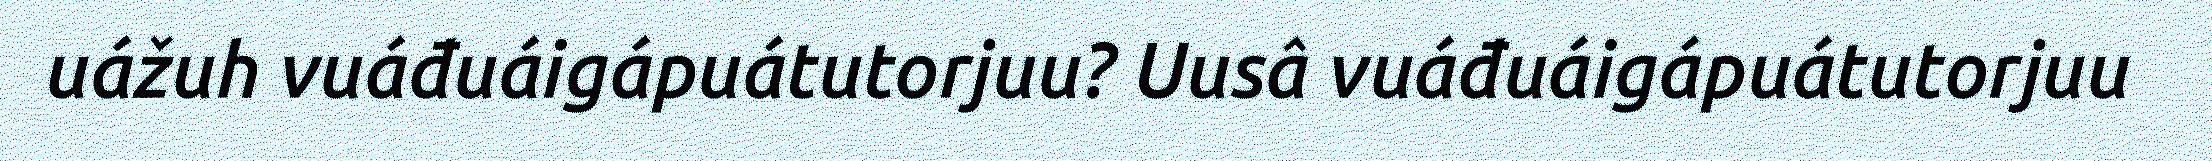
uážuh vuáđuáigápuátutorjuu? Uusâ vuáđuáigápuátutorjuu